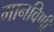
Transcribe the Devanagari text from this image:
मानविणी